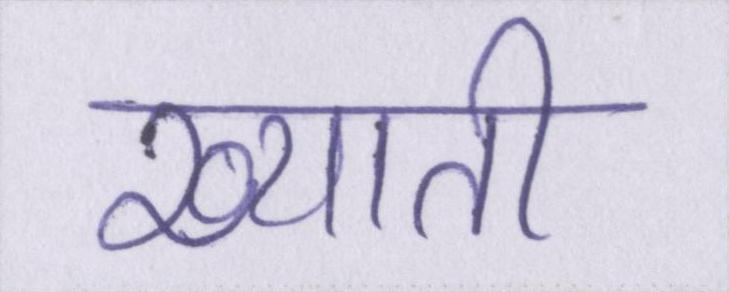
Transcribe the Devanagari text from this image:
ख्याती